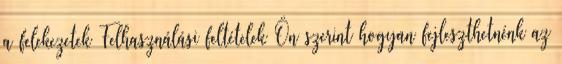
a felekezetek Felhasználási feltételek Ön szerint hogyan fejleszthetnénk az